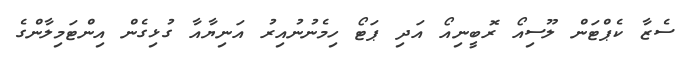
ސެޒާ ކެޕްޓަން ލޫސިއޯ ރޮބީނިއޯ އަދި ޕަޓޯ ހިމެނުނުއިރު އަނިޔާއާ ގުޅިގެން އިންޓަމިލާންގެ